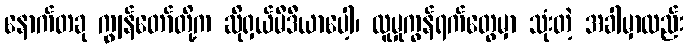
နောက်တခု ကျွန်တော်တို့က ဆိုရှယ်မီဒီယာပေါ့၊ လူမှုကွန်ရက်တွေမှာ သုံးတဲ့ အခါမှာလည်း